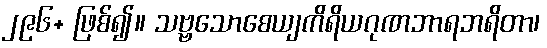
၂၉၆+ ဖြစ်၍။ သဗ္ဗသောစေယျကိရိယဂုဏဘာရဘရိတာ၊